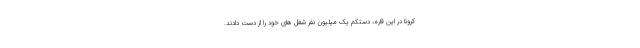
کرونا در این قاره، دستکم یک میلیون نفر شغل های خود را از دست دادند.